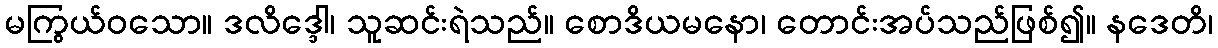
မကြွယ်ဝသော။ ဒလိဒ္ဒေါ၊ သူဆင်းရဲသည်။ စောဒိယမနော၊ တောင်းအပ်သည်ဖြစ်၍။ နဒေတိ၊